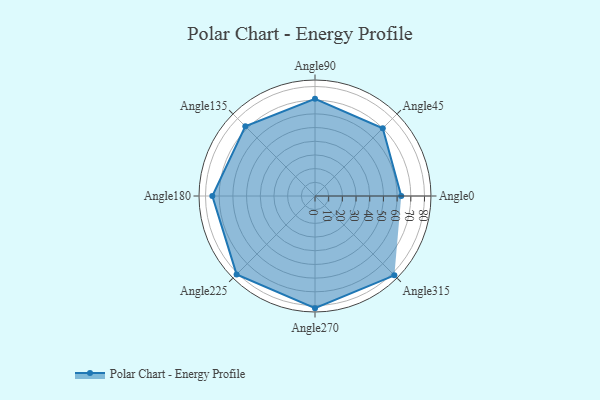
{"axis": {"x": "Angle", "y": "Radius"}, "legend": [""], "data": [{"x": "Angle0", "y": 63.0, "type": ""}, {"x": "Angle45", "y": 70.0, "type": ""}, {"x": "Angle90", "y": 71.0, "type": ""}, {"x": "Angle135", "y": 72.0, "type": ""}, {"x": "Angle180", "y": 75.0, "type": ""}, {"x": "Angle225", "y": 81.0, "type": ""}, {"x": "Angle270", "y": 82.0, "type": ""}, {"x": "Angle315", "y": 82.0, "type": ""}]}